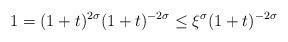
LaTeX: \begin{align*} 1 = (1+t)^{2\sigma} (1+t)^{-2\sigma} \leq \xi^{\sigma} (1+t)^{-2\sigma} \end{align*}